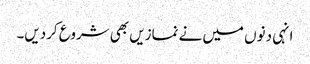
انہی دنوں میں نے نمازیں بھی شروع کردیں۔